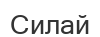
Силай